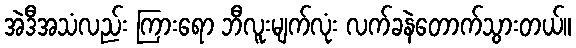
အဲဒီအသံလည်း ကြားရော ဘီလူးမျက်လုံး လက်ခနဲတောက်သွားတယ်။